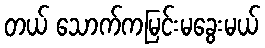
တယ် သောက်ကမြင်းမခွေးမယ်